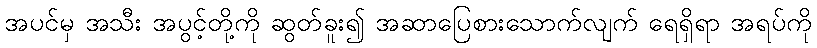
အပင်မှ အသီး အပွင့်တို့ကို ဆွတ်ခူး၍ အဆာပြေစားသောက်လျက် ရေရှိရာ အရပ်ကို